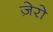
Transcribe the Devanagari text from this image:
ज़ेरो